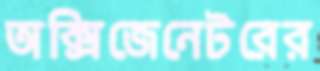
অক্সিজেনেটরের